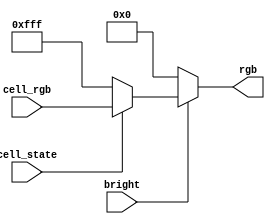
module update_vga
    (
        input bright,
        input cell_state,
        input wire[11:0] cell_rgb,
        output reg[11:0] rgb
    );
    
    parameter BLACK = 12'b0000_0000_0000;	
    parameter WHITE = 12'b1111_1111_1111;

    always@ (*) begin
    	if (~bright)
		    rgb = BLACK;
	    else if (cell_state)
		    rgb = cell_rgb;
	    else
		    rgb = WHITE;
    end
endmodule